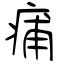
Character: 痡